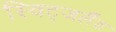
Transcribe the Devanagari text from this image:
स्विट्जर्लैंड